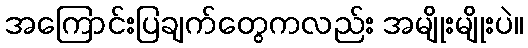
အကြောင်းပြချက်တွေကလည်း အမျိုးမျိုးပဲ။